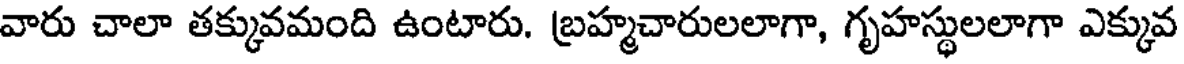
వారు చాలా తక్కువమంది ఉంటారు. బ్రహ్మచారులలాగా, గృహస్థులలాగా ఎక్కువ